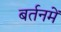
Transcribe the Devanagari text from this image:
बर्तनमें